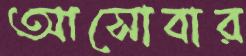
আসোবার